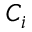
C _ { i }